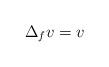
LaTeX: \begin{align*}\Delta_f v=v\end{align*}